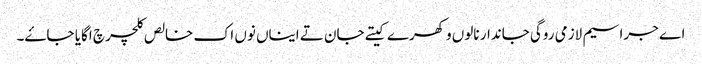
اے جراسیم لازمی روگی جاندار نالوں وکھرے کیتے جان تے ایناں نوں اک خالص کلچر چ اگایا جاۓ۔